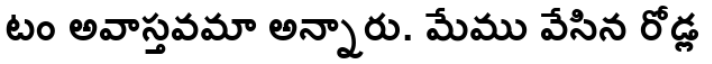
టం అవాస్తవమా అన్నారు. మేము వేసిన రోడ్ల